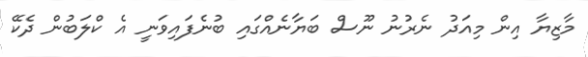
މާޒިޔާ އިން މިއަދު ނެރުނު ނޫސް ބަޔާނެއްގައި ބުނެފައިވަނީ އެ ކްލަބުން ދެކޭ